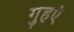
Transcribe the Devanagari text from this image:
गुहएं